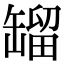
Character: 𦉉